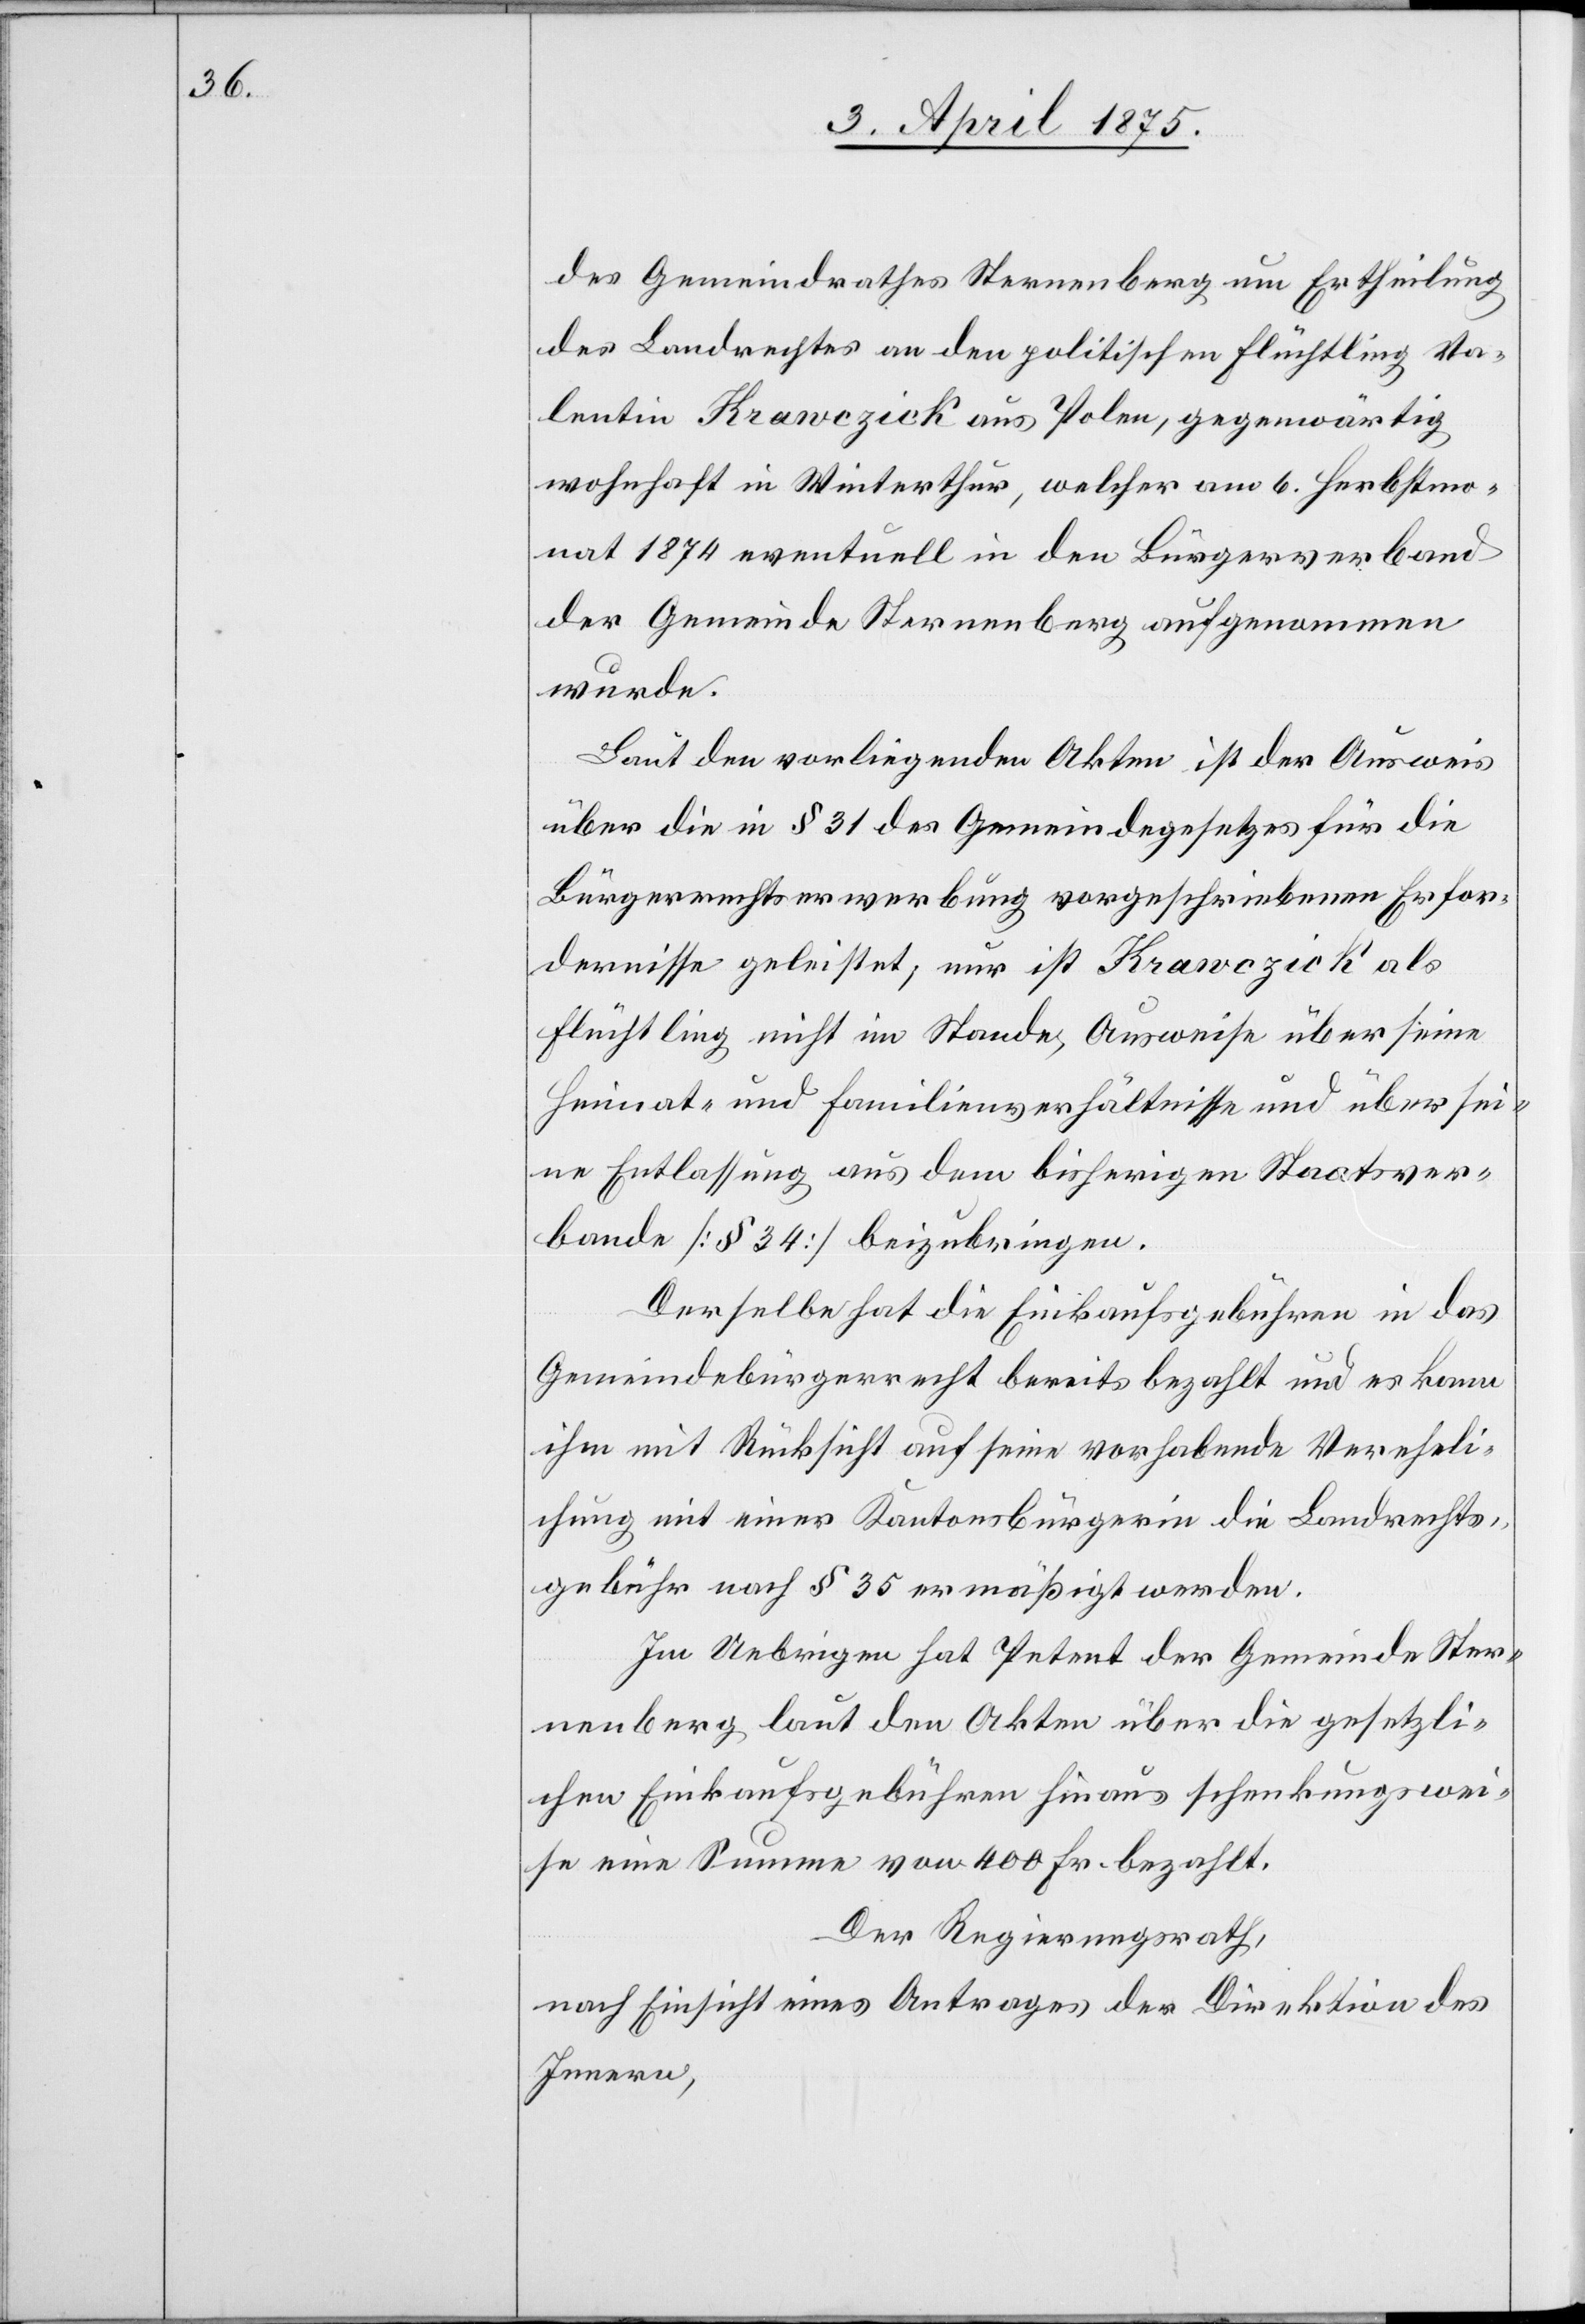
des Gemeindrathes Sternenberg um Ertheilung
des Landrechts an den politischen Flüchtling Va¬
lentin Krawczick aus Polen, gegenwärtig
wohnhaft in Winterthur, welcher am 6. Herbstmo¬
nat 1874 eventuell in den Bürgerverband
der Gemeinde Sternenberg aufgenommen
wurde.
Laut den vorliegenden Akten ist der Ausweis
über die in § 31 des Gemeindegesetzes für die
Bürgerrechtserwerbung vorgeschriebenen Erfor¬
dernisse geleistet, nur ist Krawczick als
Flüchtling nicht im Stande, Ausweise über seine
Heimat- und Familienverhältnisse und über sei¬
ne Entlassung aus dem bisherigen Staatsver¬
bande [§ 34] beizubringen.
Derselbe hat die Einkaufsgebühren in das
Gemeindebürgerrecht bereits bezahlt und es kann
ihm mit Rücksicht auf seine vorhabende Vereheli¬
chung mit einer Kantonsbürgerin die Landrechts¬
gebühr nach § 35 ermäßigt werden.
Im Uebrigen hat Petent der Gemeinde Ster¬
nenberg laut den Akten über die gesetzli¬
chen Einkaufsgebühren hinaus schenkungswei¬
se eine Summe von 400 Fr. bezahlt.
Der Regierungsrath,
nach Einsicht eines Antrages der Direktion des
Innern,